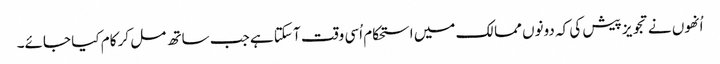
اُنھوں نے تجویز پیش کی کہ دونوں ممالک میں استحکام اُسی وقت آ سکتا ہے جب ساتھ مل کر کام کیا جائے۔